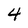
Character: 4